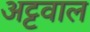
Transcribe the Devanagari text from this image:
अट्टवाल